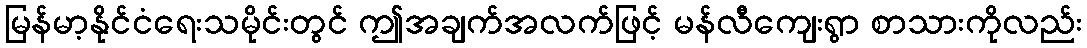
မြန်မာ့နိုင်ငံရေးသမိုင်းတွင် ဤအချက်အလက်ဖြင့် မန်လီကျေးရွာ စာသားကိုလည်း